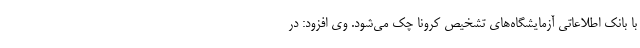
با بانک اطلاعاتی آزمایشگاه‌های تشخیص کرونا چک می‌شود. وی افزود: در